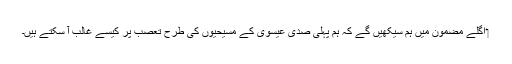
‏ اگلے مضمون میں ہم سیکھیں گے کہ ہم پہلی صدی عیسوی کے مسیحیوں کی طرح تعصب پر کیسے غالب آ سکتے ہیں۔